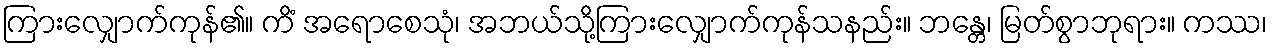
ကြားလျှောက်ကုန်၏။ ကိံ အရောစေသုံ၊ အဘယ်သို့ကြားလျှောက်ကုန်သနည်း။ ဘန္တေ၊ မြတ်စွာဘုရား။ ကဿ၊